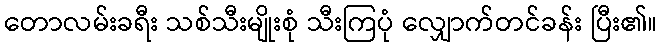
တောလမ်းခရီး သစ်သီးမျိုးစုံ သီးကြပုံ လျှောက်တင်ခန်း ပြီး၏။